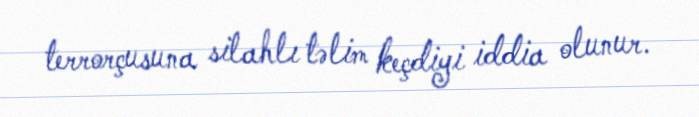
terrorçusuna silahlı təlim keçdiyi iddia olunur.